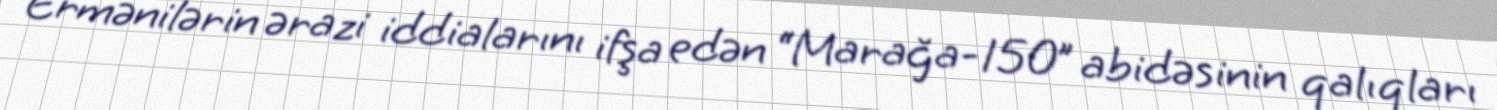
Ermənilərin ərazi iddialarını ifşa edən “Marağa-150” abidəsinin qalıqları